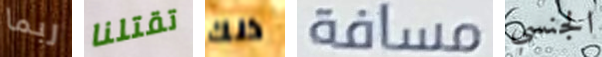
ربما تقتلنا ذلك مسافة الجنسي